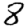
Digit: 8